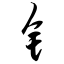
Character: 钅